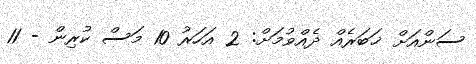
ސަންއަށް ޚަބަރެއް ދެއްވުމަށް: 2 އަހަރު 10 މަސް ކުރިން - 11